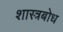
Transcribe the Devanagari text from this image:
शास्त्रबोध